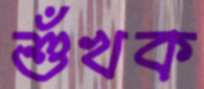
শুঁখক